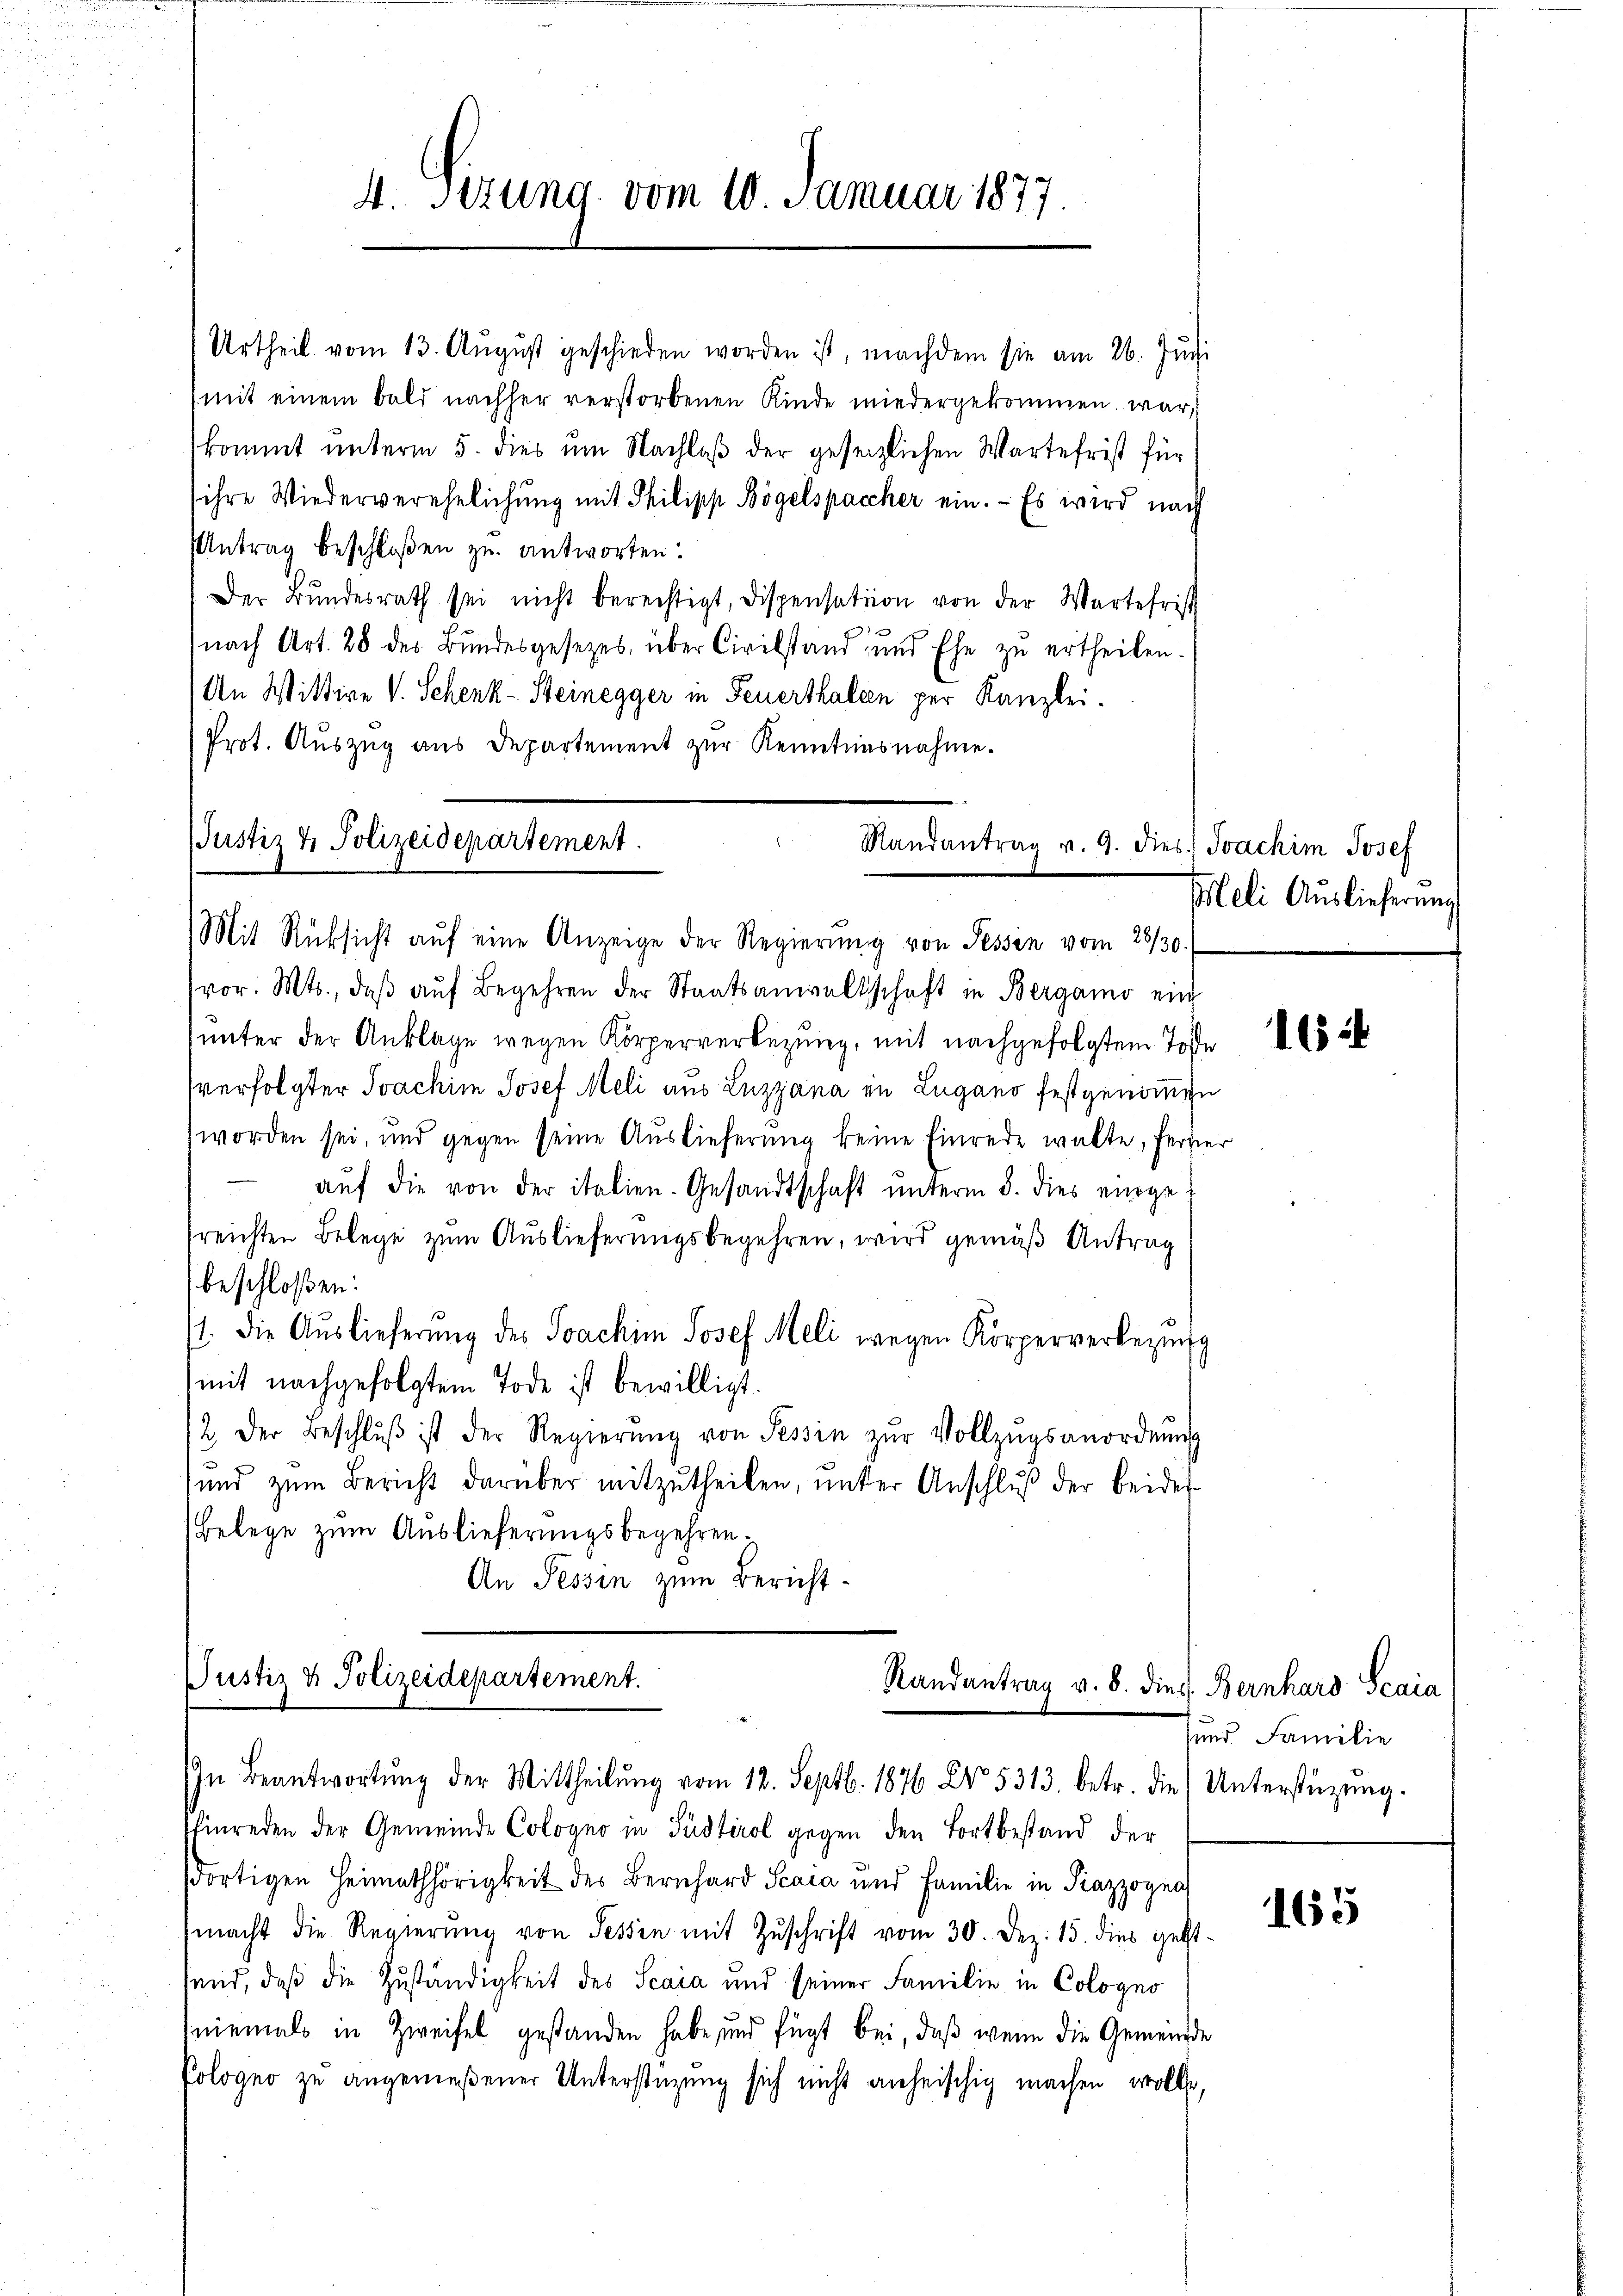
Urtheil vom 13. August geschieden worden ist, nachdem sie am 26. Juni
(mit einem bald nachher verstorbenen Kinde wiedergekommen war,
kommt unterm 5. dies um Nachlaß der gesezlichen Wartefrist für
ihre Wiederverehelichung mit Philipp Bögelspaccher ein. - Es wird nach
Antrag beschloßen zu antworten:
Der Bŭndesrath sei nicht berechtigt, dispensation von der Wartefrist
nach Art. 28 des Bundesgesetzes über Civilstand, und Ehe zŭ ertheilen.
An Wittwe V. Schenk-Steinegger in Feuerthalten per Kanzlei.
(Prot. Auszug aus Departement zur Kenntnisnahme.

4. Sizung vom 10. Januar 1877.

JJustiz & Polizeidepartement.
Mandantrag v. 9. dies
(Mit Rücksicht aŭf eine Anzeige der Regierŭng von Tessin vom 28/30.

vor. Mts., daβ aŭf Begehren der Staatsanwaltschaft in Bergamo ein
unter der Anklage wegen Körperverbezung, mit nachgefolgtem Tose
sverfolgter Joachim Josef Meli aus Luzzana in Lugano festgenommen
worden sei, und gegen seine Auslieferung keine Einrede walte, fertier
e
auf die von der italien-Gesandtschaft unterm 8. dies eingesreichten Belege zum Auslieferungsbegehren, wird gemäß Antrag
beschloßen:
11. Die Auslieferung des Joachim Josef Meli wegen Körperverbezug
mit nachgefolgtem Tode ist bewilligt.
2. Der Beschlŭβ ist der Regierŭng von Tessin zŭr Vollzŭgsanordnŭng
und zŭm Bericht darüber mitzutheilen, unter Anschluß der beider-
Belege zum Auslieferungsbegehren.
An Tessin zum Bericht

Justiz & Polizeidepartement.
Randantrag v. 8. dies. Bernhard Scaia
In Beantwortŭng der Mittheilŭng vom 12. Septb. 1876 Nr. 5313. betr. die Unterstüzung.

Einreden der Gemeinde Cologno in Südtirol gegen den Fortbestand der
dortigen Heimathörigkeit des Bernhard Scaia und Familie in Piazzogna
macht die Regierŭng von Tessin mit Zŭschrift vom 30. Dez. 15. dies gebt-
send, daß die Zuständigkeit des Scara und seiner Familie in Cologno
niemals in Zweifel gestanden habe, und fügt bei, daß wenn die Gemeinde
Cologno zu angemeßener Unterstüzung sich nicht anheischig machen wolle,

Joachim Josef
Meli Auslieferung

16

und Familie

165